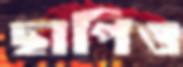
ছাপিও